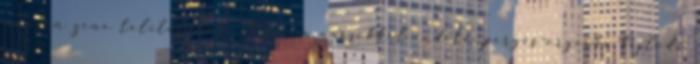
minden zene telitalálat. A finom neszekkel indító, pergés-orgiába fejlődő